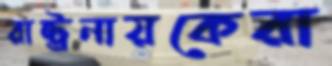
রাষ্ট্রনায়কেরা